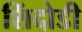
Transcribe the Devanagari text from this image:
शिंदोडी